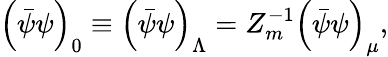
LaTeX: \left(\bar{\psi}\psi\right)_{0}\equiv\left(\bar{\psi}\psi\right)_{\Lambda}=Z_{m}^{-1}\left(\bar{\psi}\psi\right)_{\mu},